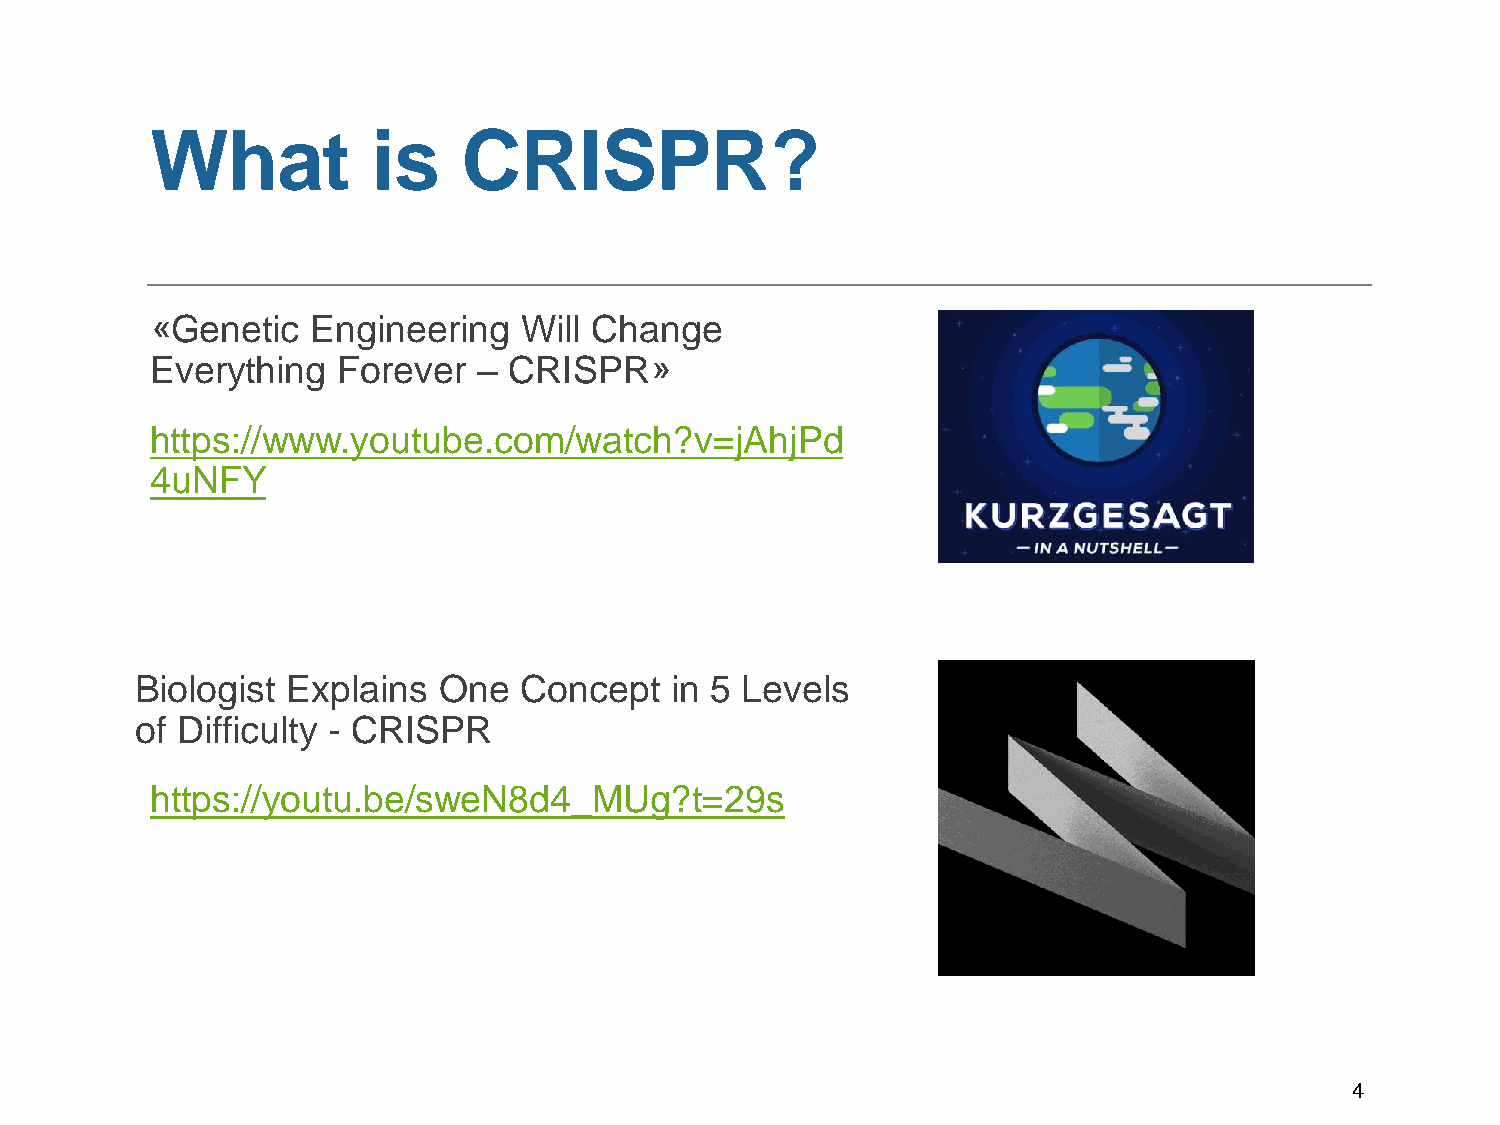
What           is    CRISPR?
 «Genetic   Engineering  Will Change
 Everything  Forever   – CRISPR»
 https://www.youtube.com/watch?v=jAhjPd
 4uNFY
 Biologist Explains  One  Concept   in 5 Levels
 of Difficulty - CRISPR
 https://youtu.be/sweN8d4_MUg?t=29s
 4